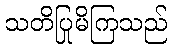
သတိပြုမိကြသည်